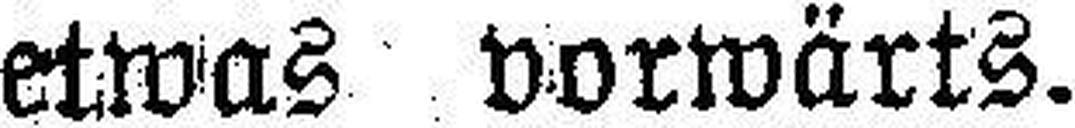
etwas vorwärts.